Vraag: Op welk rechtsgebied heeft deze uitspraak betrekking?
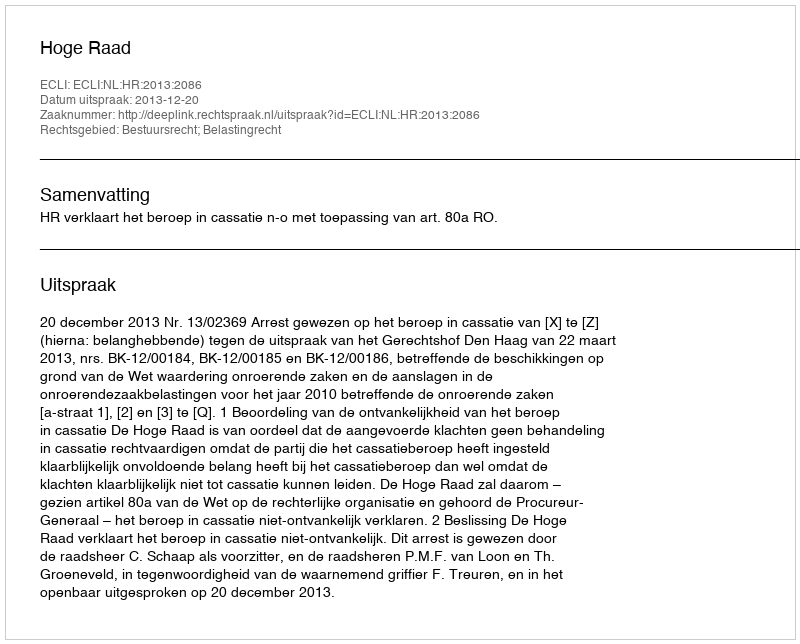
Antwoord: Bestuursrecht; Belastingrecht